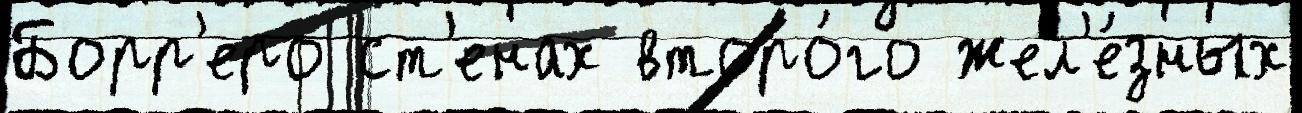
Борр'еро ст'енах второ́го жел'е́зных